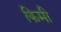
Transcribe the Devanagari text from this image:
किमी